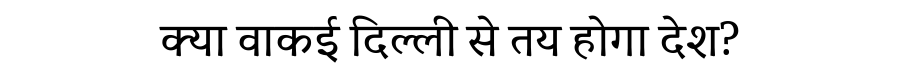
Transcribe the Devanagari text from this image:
क्या वाकई दिल्ली से तय होगा देश?